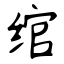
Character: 绾